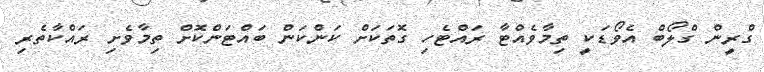
ގްރީން ގްލޯބް އެވޯޑަކީ ތިމާވެއްޓާ ރައްޓެހި ގޮތަކަށް ކަންކަން ބައްޓަންކޮށް ތިމާވެށި ރައްކާތެރި